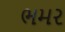
ભમર